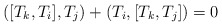
\begin{align*}([T_k,T_i] , T_j) + (T_i , [T_k,T_j]) = 0\end{align*}